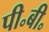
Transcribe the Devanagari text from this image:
पी॰बी॰